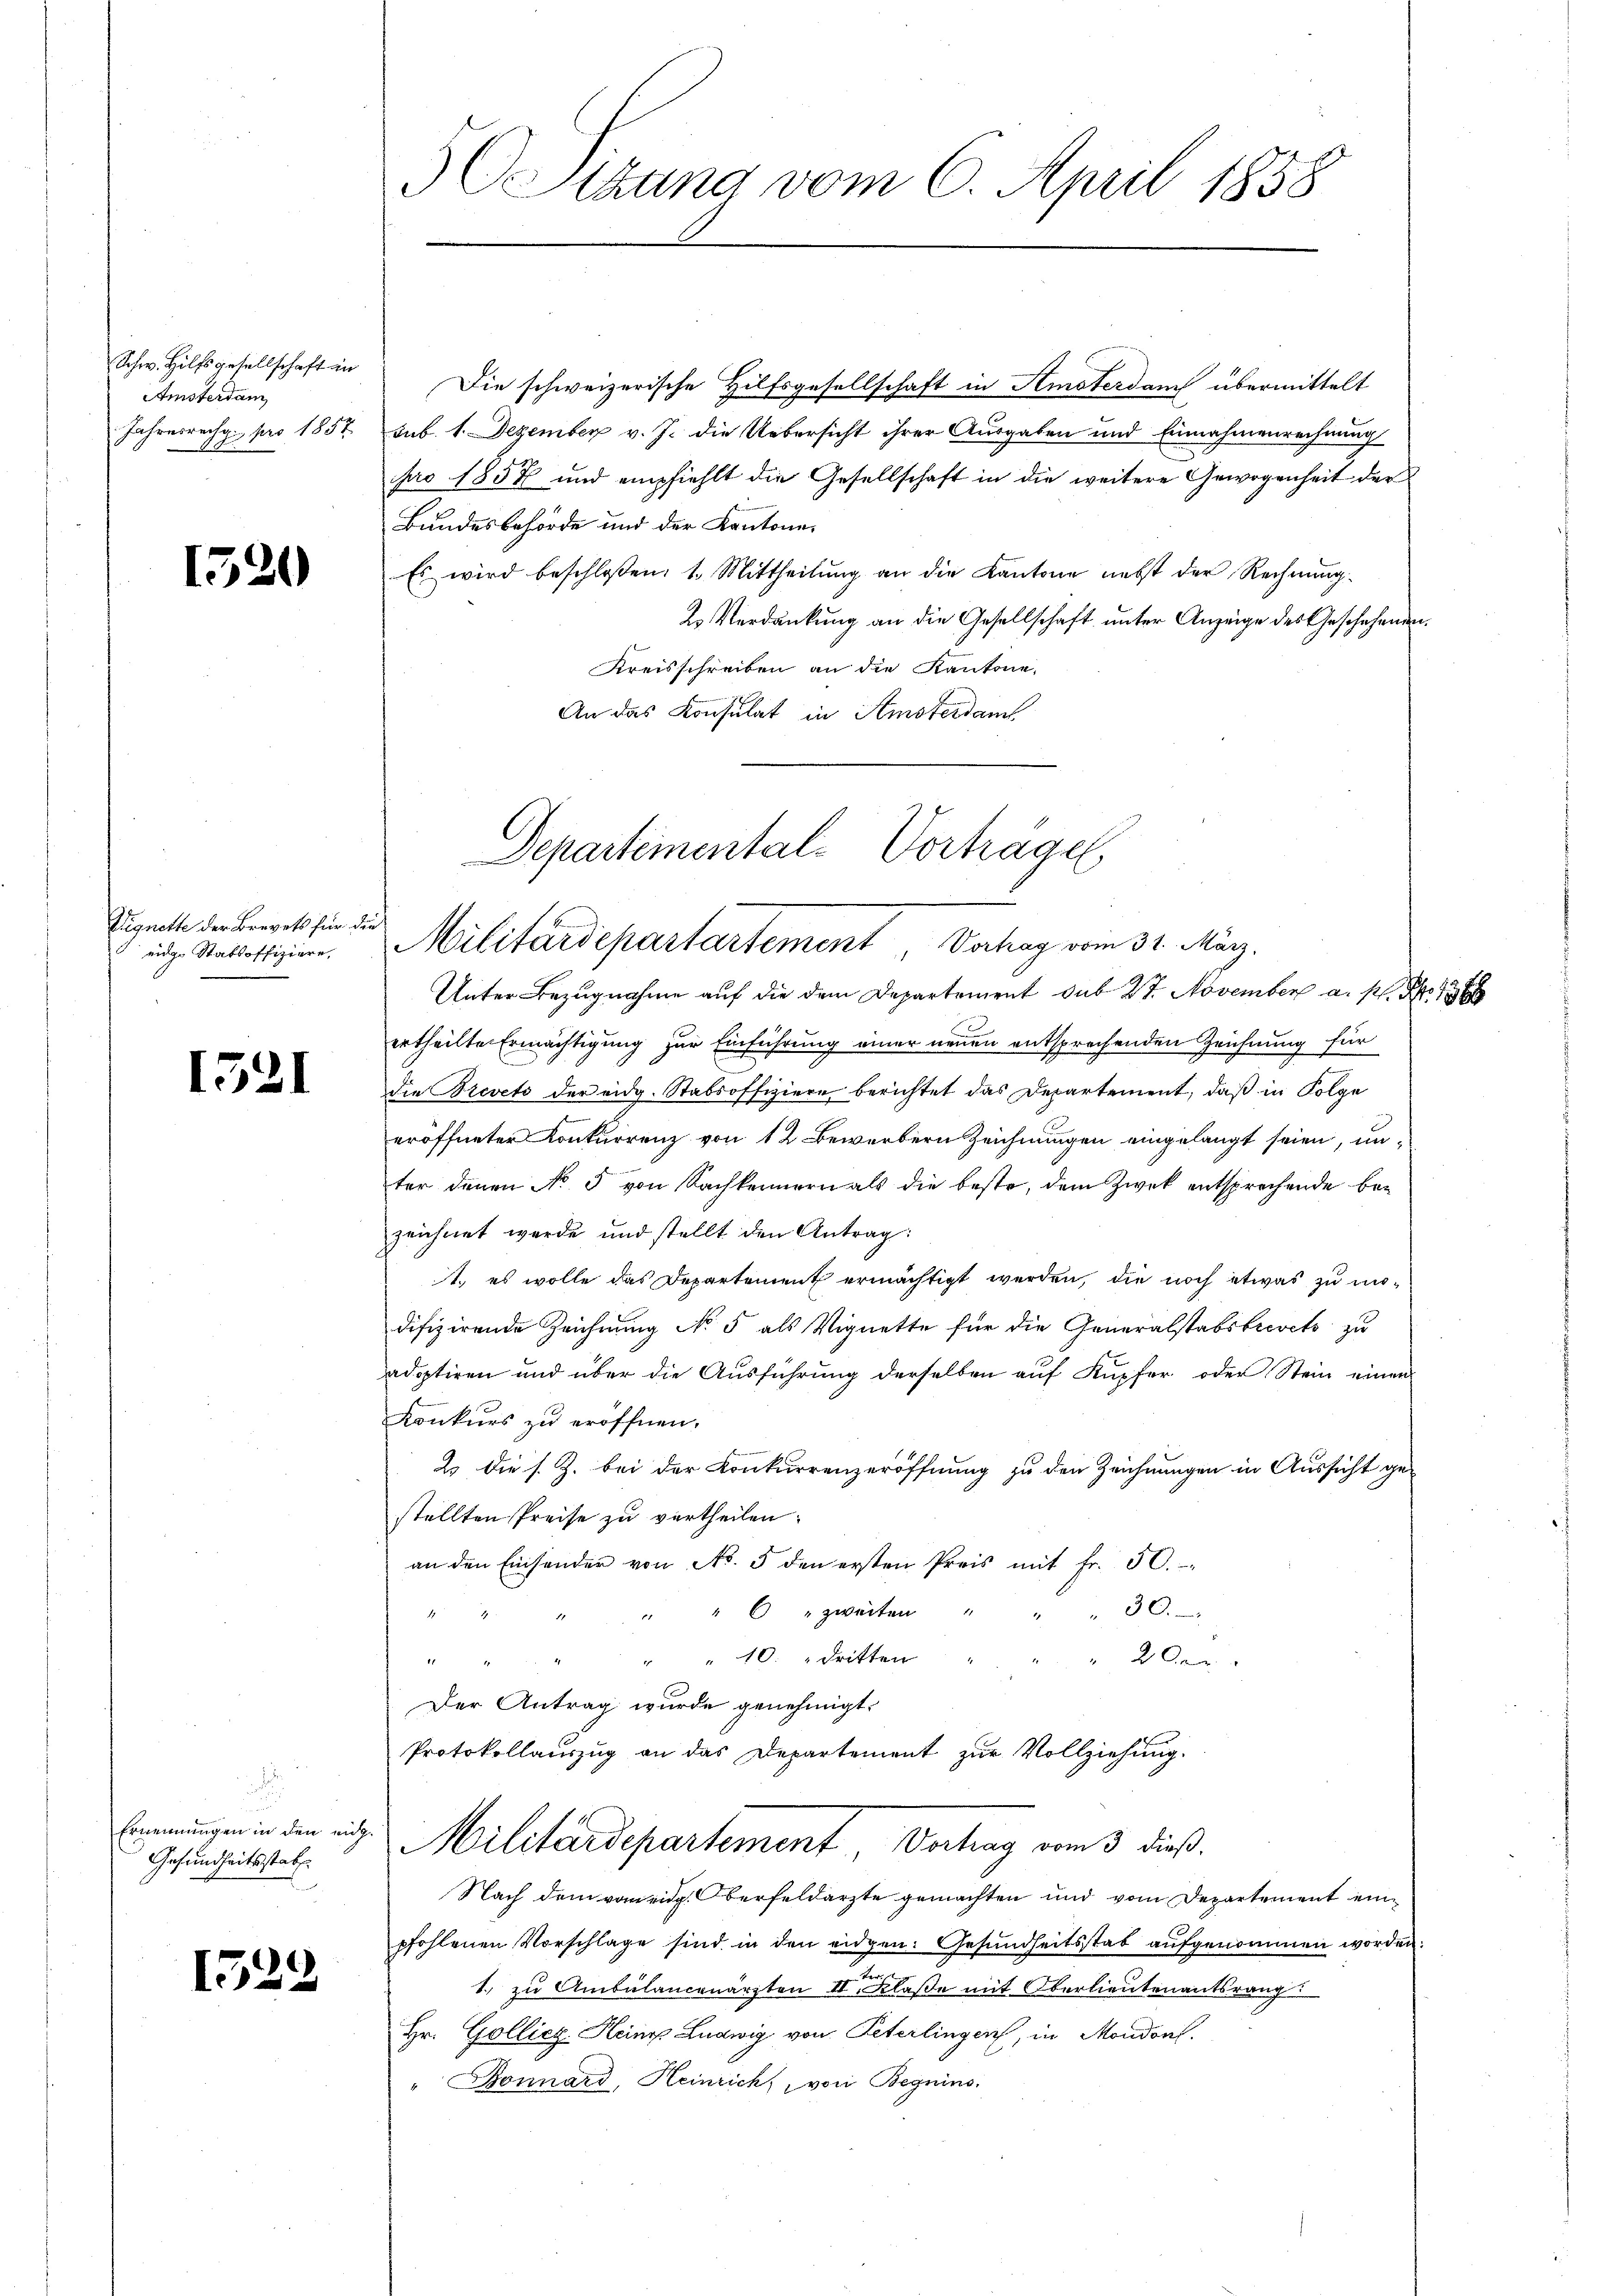
Schw. Hilfsgesellschaft in
Amsterdam
Jahresrechg. pro 1857

1520

Vignette der Brevets für d.
eidge Stabsoffiziere,

1521

n
Ernennungen in den eig
Gesundheitsstatt

1522

50 Sizung vom 6. April 1858

Die schweizerische Hilfsgesellschaft in Amsterdam übermittelt
sub. 1. Dezember v. J. die Uebersicht ihrer Ausgaben und Einnahmenrechnung
pro 1852 und empfiehlt die Gesellschaft in die weitere Gewogenheit der
Bundesbehörde und der Kantone
Es wird beschloßen: 1. Mittheilung an die Kantone nebst der Rechnung
2. Verdankung an die Gesellschaft unter Anzeige des Geschehenen¬
Kreisschreiben an die Kantone,
An das Konsulat in Amsterdam
Unter Bezugnahme auf die dem Departement sub 27. November a. s. So
ertheilte Ermächtigung zur Einführung einer neuen entsprechenden Zeichnung für
emrenen
die Brevets der eidg. Stabsoffiziere berichtet das Departement, daß in Folge
eröffneter Konkurrenz von 12 Bewerbern Zeichnungen eingelangt seien, unter denen No 5 von Sachkennern als die beste, dem Zwek entsprechende bezeichnet werde und stellt den Antrag:
1. es wolle das Departement ermächtigt werden, die noch etwas zu midifizirende Zeichnung No 5 als Vignette für die Generalstabsbrevets zu
adoptiren und über die Ausführung derselben auf Kupfer oder Stein einen
Konkurs zu eröffnen.
2. Die s. Z. bei der Konkurrenzeröffnung zu den Zeichnungen in Aussicht ge-
stellten Preise zu vertheilen.
an den Einsonder von No. 5 den ersten Preis mit Fr. 50.
30.
" " 6 " zweiten "
h
1
" " 10. dritten
 20
i
Der Antrag wurde genehmigt.
Protokollauszug an das Departement zur Vollziehung.

Departemental-Vorhäger
Militärdepartartement, Vorhag vom 31. März.

Militärdepartement Vertrag vom 3 dieß.

Nach dem vom eidg. Oberfeldarzte gemachten und vom Departemen
pfohlenen Vorschlage sind in den eidgen. Gesundheitsstab aufgenommen
1. zu Ambülancenärzten II. Klaße mit Oberlieutenantsrang
Hr. Golliez Heine Ludwig von Peterlingen, in Mondon.
" Bonnard, Heinrich, von Begnins:

it ein
n worden.